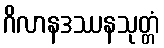
ဂိလာနဒဿနသုတ္တံ